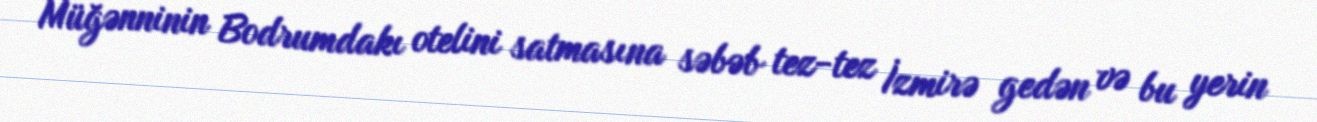
Müğənninin Bodrumdakı otelini satmasına səbəb tez-tez İzmirə gedən və bu yerin